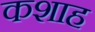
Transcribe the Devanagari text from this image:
कशाह